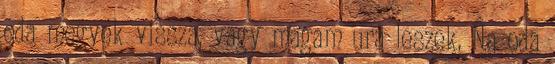
oda megyek vissza, vagy magam ura leszek. Na oda